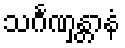
သင်္ဂဏှန္တာနံ